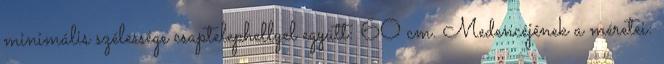
minimális szélessége csaptelephellyel együtt: 60 cm. Medencéjének a méretei: